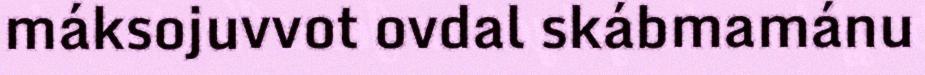
máksojuvvot ovdal skábmamánu